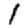
Digit: 1